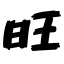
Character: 旺